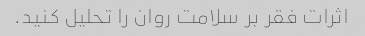
اثرات فقر بر سلامت روان را تحلیل کنید.